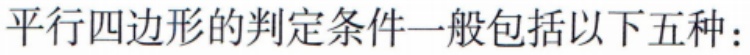
平行四边形的判定条件一般包括以下五种：